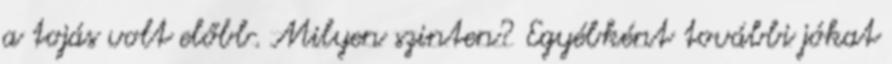
a tojás volt előbb. Milyen szinten? Egyébként további jókat